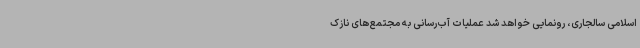
اسلامی سالجاری، رونمایی خواهد شد عملیات آب‌رسانی به مجتمع‌های نازک